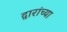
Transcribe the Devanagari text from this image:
द्वारांच्या